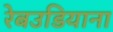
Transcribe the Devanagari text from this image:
रेबउडियाना